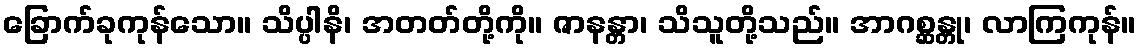
ခြောက်ခုကုန်သော။ သိပ္ပါနိ၊ အတတ်တို့ကို။ ဇာနန္တာ၊ သိသူတို့သည်။ အာဂစ္ဆန္တု၊ လာကြကုန်။